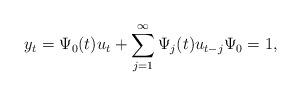
LaTeX: \begin{align*}y_{t}=\Psi _{0}(t)u_{t}+\sum_{j=1}^{\infty }\Psi _{j}(t)u_{t-j}\Psi _{0}=1, \end{align*}